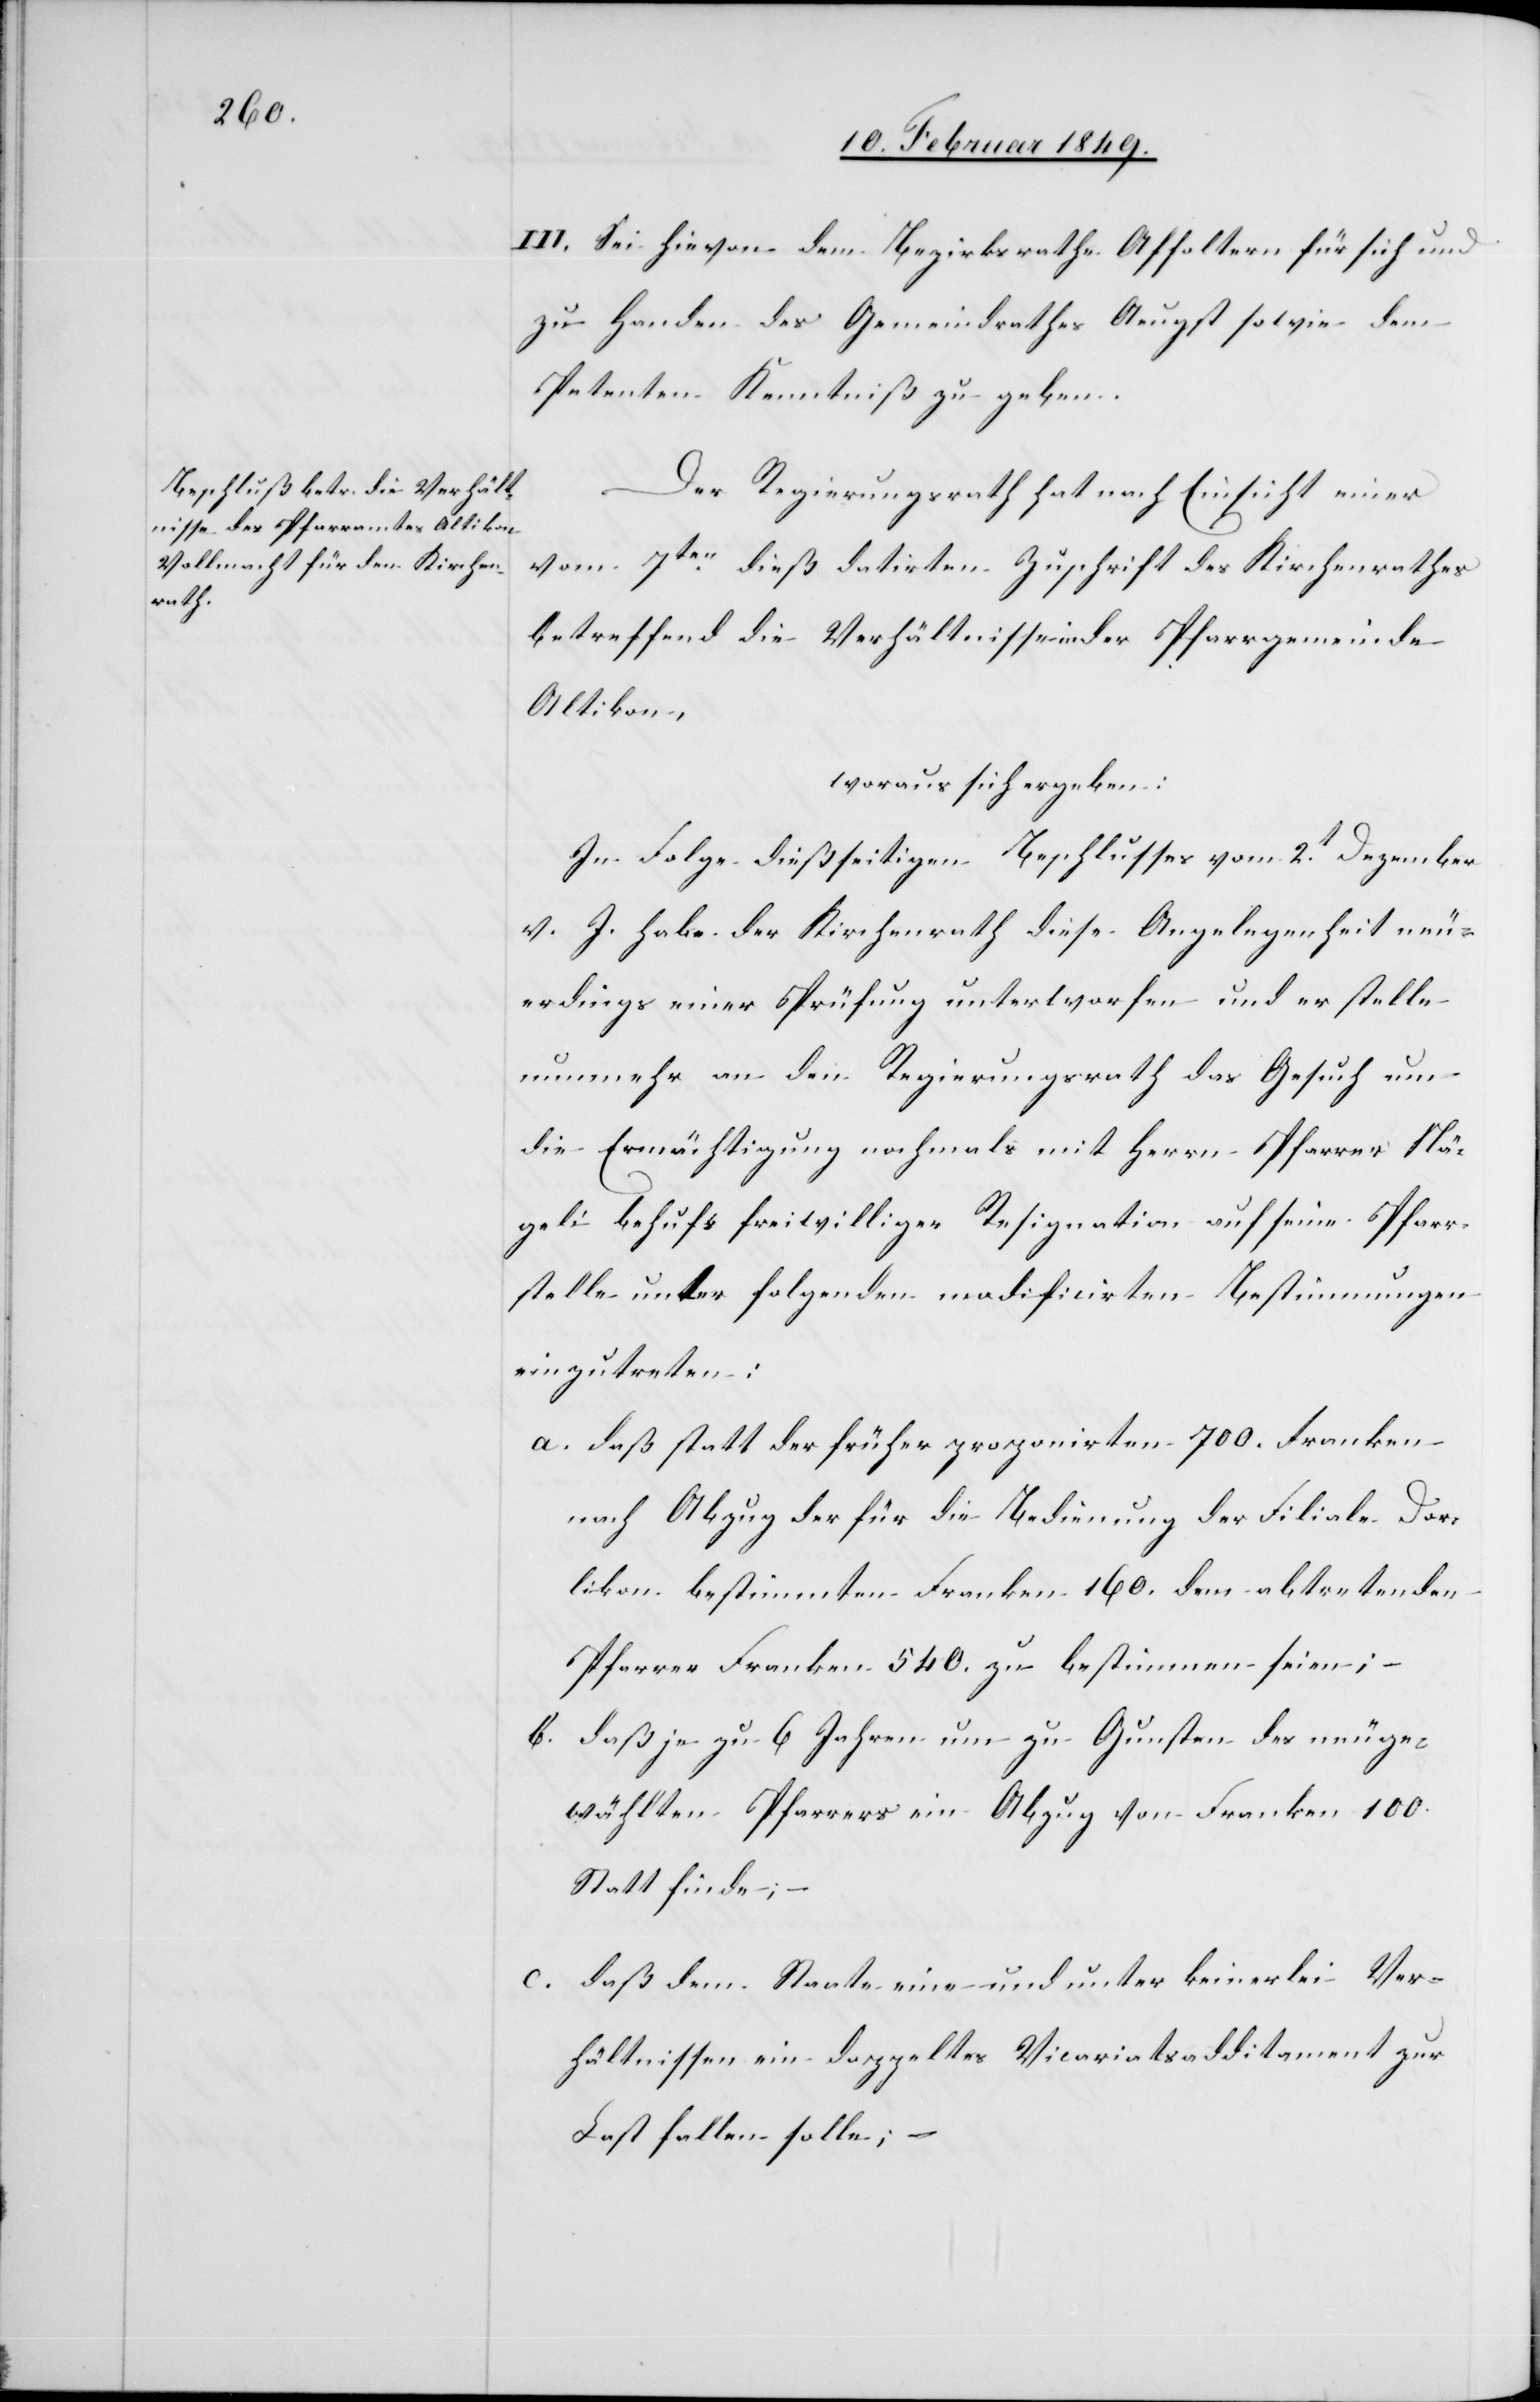
III. Sei hievon dem Bezirksrathe Affoltern für sich und
zu Handen des Gemeindrathes Aeugst sowie dem
Petenten Kenntniß zu geben.
Der Regierungsrath hat nach Einsicht einer
vom 7ten. dieß datirten Zuschrift des Kirchenrathes
betreffend die Verhältnisse in der Pfarrgemeinde
Altikon,
woraus sich ergeben:
In Folge dießseitigen Beschlusses vom 2t. Dezember
v. J. habe der Kirchenrath diese Angelegenheit neu¬
erdings einer Prüfung unterworfen und er stelle
nunmehr an den Regierungsrath das Gesuch um
die Ermächtigung nochmals mit Herrn Pfarrer Nä¬
geli behufs freiwilliger Resignation auf seine Pfarr¬
stelle unter folgenden modificirten Bestimmungen
einzutreten:
a. daß statt der früher proponirten 700. Franken
nach Abzug der für die Bedienung der Filiale Dor¬
likon bestimmten Franken 160. dem abtretenden
Pfarrer Franken 540. zu bestimmen seien; –
b. daß je zu 6 Jahren um zu Gunsten des neuge¬
wählten Pfarrers ein Abzug von Franken 100.
Statt finde; –
c. daß dem Staate eine und unter keinerlei Ver¬
hältnissen ein doppeltes Vicariatsadditament zur
Last fallen solle; –